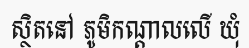
ស្ថិតនៅ ភូមិកណ្តាលលើ ឃុំ